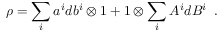
\rho = \sum _ { i } a ^ { i } d b ^ { i } \otimes 1 + 1 \otimes \sum _ { i } A ^ { i } d B ^ { i } \; \; .